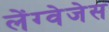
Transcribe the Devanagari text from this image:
लेंग्वेजेस